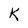
Character: K